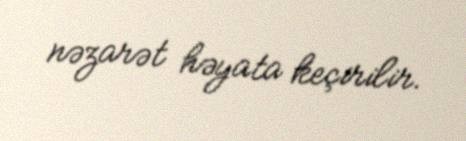
nəzarət həyata keçirilir.